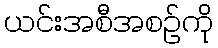
ယင်းအစီအစဉ်ကို